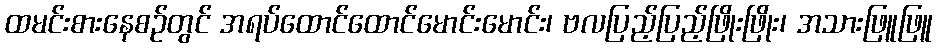
ထမင်းစားနေစဉ်တွင် အရပ်ထောင်ထောင်မောင်းမောင်း၊ ဗလပြည့်ပြည့်ဖြိုးဖြိုး၊ အသားဖြူဖြူ